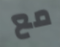
مع